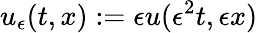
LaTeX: u_{\epsilon}(t,x):=\epsilon u(\epsilon^{2}t,\epsilon x)